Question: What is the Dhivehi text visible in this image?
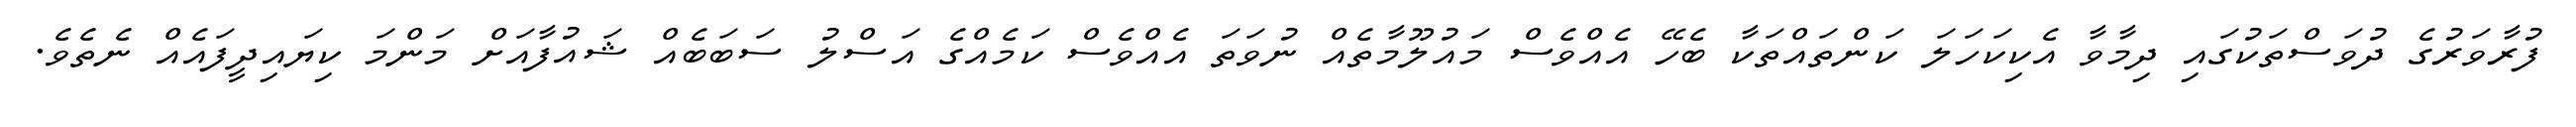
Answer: ފުރާވަރުގެ ދުވަސްތަކުގައި ދިމާވާ އެކިކަހަލަ ކަންތައްތަކާ ބެހޭ އެއްވެސް މައުލޫމާތެއް ނުވަތަ އެއްވެސް ކަމެއްގެ އަސްލު ސަބަބެއް ޝައުފާއަށް މަންމަ ކިޔައިދީފައެއް ނެތެވެ.